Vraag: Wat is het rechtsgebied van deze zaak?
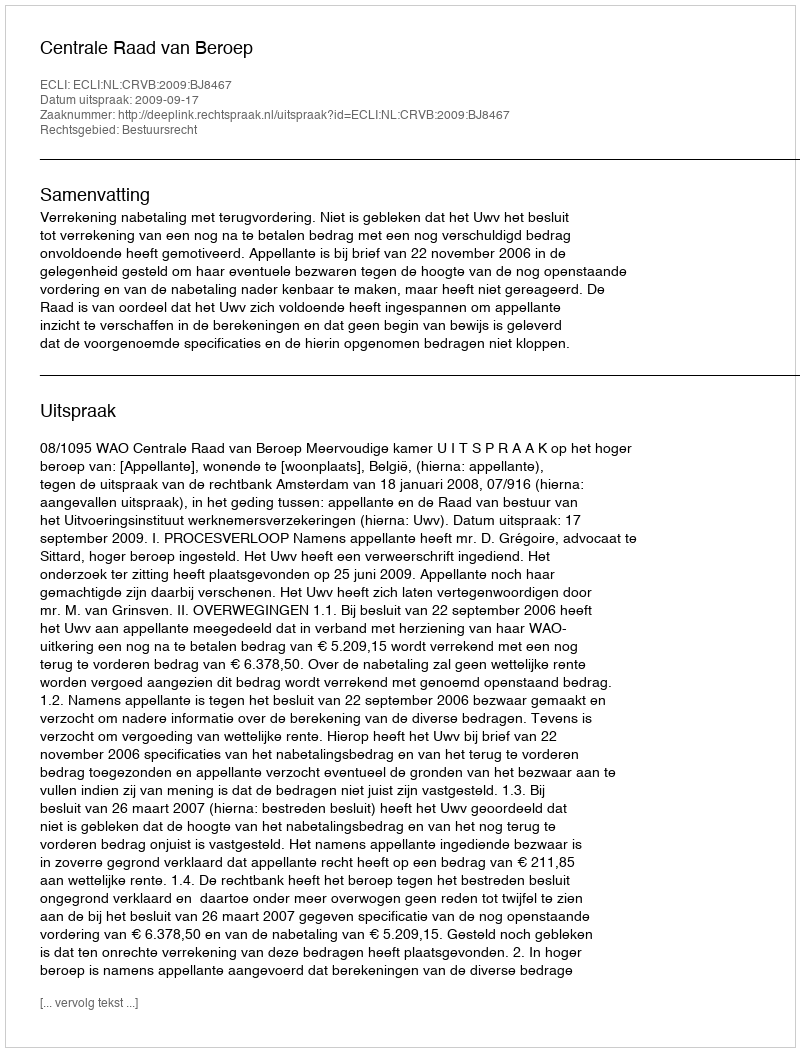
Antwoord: Bestuursrecht